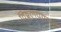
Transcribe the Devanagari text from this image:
विठ्ठलपंतानी